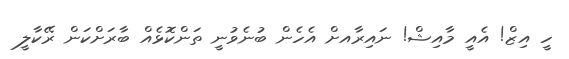
ހީ އިޒް! އެއީ މާއިޝް! ނައިރާއށް އެހެން ބުނެވުނީ ތަންކޮޅެއް ބާރަށްކަން ރޭކާލީ